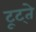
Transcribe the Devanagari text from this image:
टूट्ते